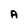
Character: A